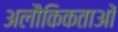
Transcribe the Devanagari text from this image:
अलौकिकताओं